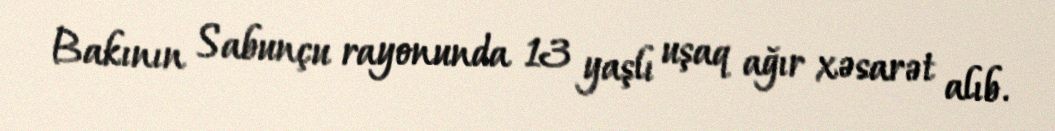
Bakının Sabunçu rayonunda 13 yaşlı uşaq ağır xəsarət alıb.